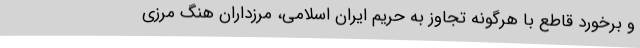
و برخورد قاطع با هرگونه تجاوز به حریم ایران اسلامی، مرزداران هنگ مرزی